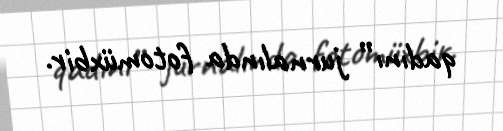
qadını” jurnalında fotomüxbir.